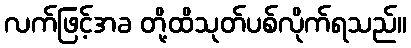
လက်ဖြင့်အခ တို့ထိသုတ်ပစ်လိုက်ရသည်။